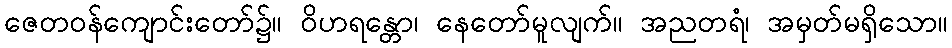
ဇေတဝန်ကျောင်းတော်၌။ ဝိဟရန္တော၊ နေတော်မူလျက်။ အညတရံ၊ အမှတ်မရှိသော။